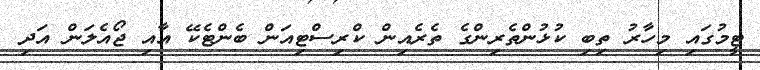
ޓީމުގައި މިހާރު ތިބި ކުޅުންތެރިންގެ ތެރެއިން ކްރިސްޓިއަން ބެންޓެކޭ އާއި ޖޯއެލަން އަދި